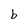
Character: b